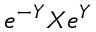
e ^ { - Y } X e ^ { Y }